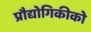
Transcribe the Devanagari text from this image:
प्रौद्योगिकीको